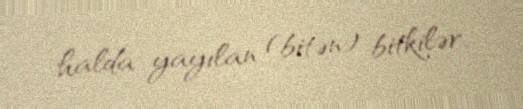
halda yayılan (bitən) bitkilər.